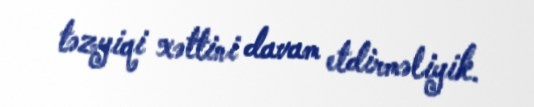
təzyiqi xəttini davam etdirməliyik.